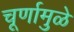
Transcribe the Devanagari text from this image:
चूर्णामुळे